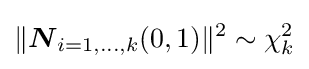
\|{\boldsymbol {N}}_{i=1,\ldots ,k}(0,1)\|^{2}\sim \chi _{k}^{2}